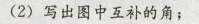
(2)写出图中互补的角；